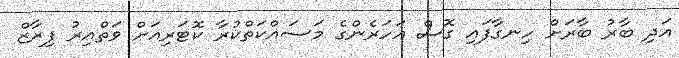
އަދި ބާރު ބާރަށް ހިނގާފައި ގޮސް އަހަރެންގެ މަސައްކަތްކުރާ ކޮޓަރިއަށް ވަތްއިރު ފިރާޒް